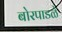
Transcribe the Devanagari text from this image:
बोरपाडळे